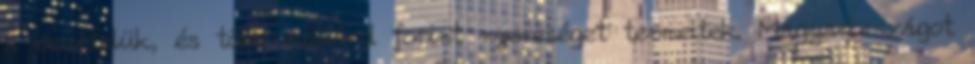
a bevételük, és több milliárd forint nyereséget termeltek. Magyarországot